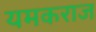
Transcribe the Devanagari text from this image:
यमकराज